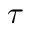
\tau